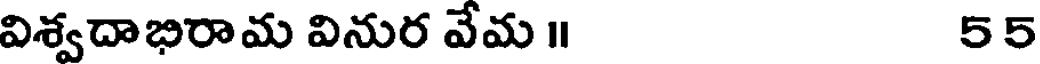
విశ్వదాభిరామ వినుర వేమ ॥ 55